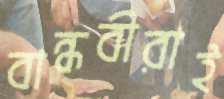
বান্ধবীরাই